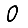
Digit: 0